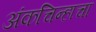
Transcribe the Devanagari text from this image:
अंकचिन्हाचा